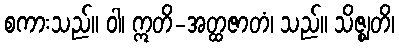
စကားသည်။ ဝါ၊ ဣတိ-အတ္ထဇာတံ၊ သည်။ သိဇ္ဈတိ၊